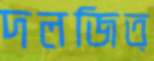
দলজিত্